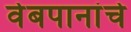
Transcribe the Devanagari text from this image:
वेबपानांचे